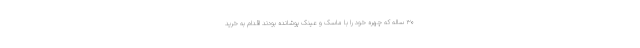
۳۰ ساله که چهره خود را با ماسک و عینک پوشانده بودند اقدام به خرید